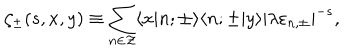
\zeta _ { \pm } ( s , x , y ) \equiv \sum _ { n \in \cal Z } \langle x | n ; { \pm } \rangle \langle n ; { \pm } | y \rangle | \lambda \varepsilon _ { n , \pm } | ^ { - s } ,